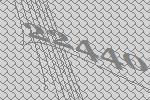
22440